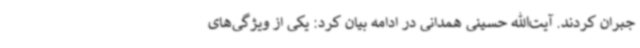
جبران کردند. آیت‌الله حسینی همدانی در ادامه بیان کرد: یکی از ویژگی‌های